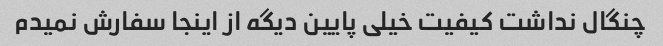
چنگال نداشت کیفیت خیلی پایین دیگه از اینجا سفارش نمیدم